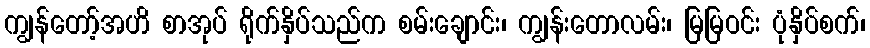
ကျွန်တော့်အဟိ စာအုပ် ရိုက်နှိပ်သည်က စမ်းချောင်း၊ ကျွန်းတောလမ်း၊ မြမြဝင်း ပုံနှိပ်စက်၊